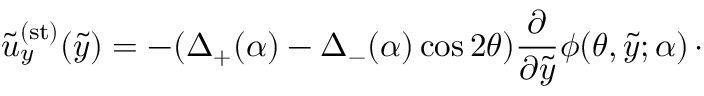
\tilde { u } _ { y } ^ { \mathrm { ( s t ) } } ( \tilde { y } ) = - ( \Delta _ { + } ( \alpha ) - \Delta _ { - } ( \alpha ) \cos 2 \theta ) \frac { \partial } { \partial \tilde { y } } \phi ( \theta , \tilde { y } ; \alpha ) \, \cdot